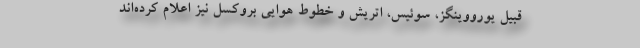
قبیل یورووینگز، سوئیس، اتریش و خطوط هوایی بروکسل نیز اعلام کرده‌اند